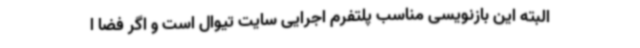
البته این بازنویسی مناسب پلتفرم اجرایی سایت تیوال است و اگر فضا ا